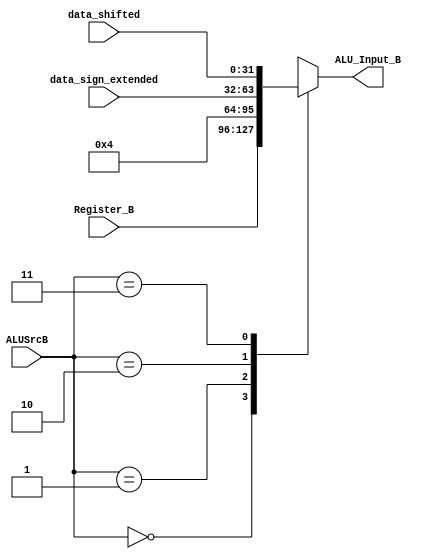
`timescale 1ns / 1ps
//////////////////////////////////////////////////////////////////////////////////
// Company: 
// Engineer: 
// 
// Design Name: 
// Module Name: MUX_B
// Project Name: 
// Target Devices: 
// Tool Versions: 
// Description: 
// 
// Dependencies: 
// 
// Revision:
// Revision 0.01 - File Created
// Additional Comments:
// 
//////////////////////////////////////////////////////////////////////////////////


module MUX_B(input [31:0] data_sign_extended, input [31:0] Register_B, input [31:0] data_shifted, input [1:0]ALUSrcB, output reg [31:0] ALU_Input_B);
always@(ALUSrcB)
begin
    case(ALUSrcB)
    0: begin 
      ALU_Input_B <= Register_B;
      end
    1: begin
      ALU_Input_B <= 32'b100;
      end
    2: begin  
      ALU_Input_B <= data_sign_extended;
      end
    3: begin
      ALU_Input_B <= data_shifted;
      end
    endcase
end
endmodule